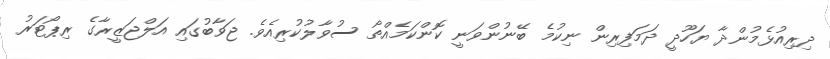
ދިރިއުޅެމުންދާ ޔަހޫދީ ދަމަފިރިން ނިކުމެ ބޭނުންވަނީ ކޮންކަމެއްތޯ ސުވާލުކުރިއެވެ. ޖަވާބުގައި އަލްޖަޒީރާގެ ރިޕޯޓަރު